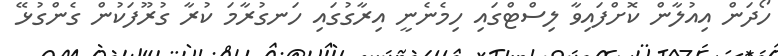
ހޯދަން އިއުލާން ކޮށްފައިވާ ލިސްޓްގައި ހިމެނެނީ އިރާގުގައި ހަނގުރާމަ ކުރާ ގުރޫފަކުން ގެންގުޅޭ